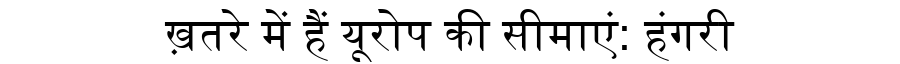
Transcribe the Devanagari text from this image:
ख़तरे में हैं यूरोप की सीमाएं: हंगरी